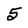
Character: 5